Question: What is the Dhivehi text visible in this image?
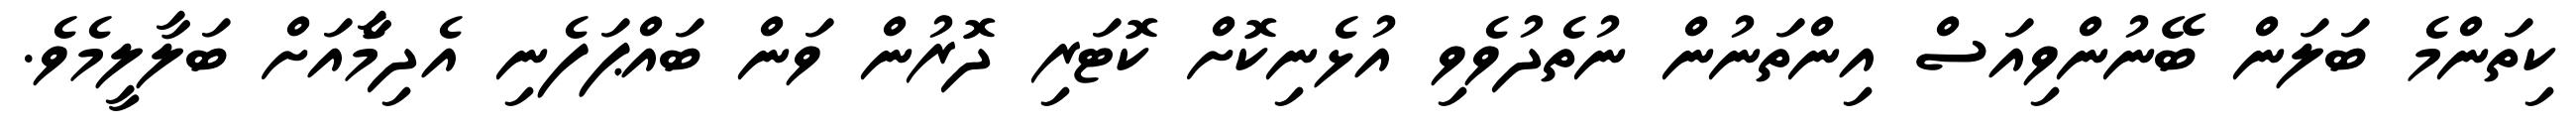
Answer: ކިތަންމެ ބަލަން ބޭނުންވިއަސް އިންތަނުން ނުތެދުވެވި އުޅެނިކޮށް ކޮޓަރި ދޮރުން ވަން ބައްޕަފެނި އެދިމާެއަށް ބަލާލީމެވެ.